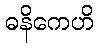
ဓနိကေဟိ